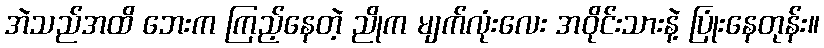
အဲသည်အထိ ဘေးက ကြည့်နေတဲ့ ညိုက မျက်လုံးလေး အဝိုင်းသားနဲ့ ပြုံးနေတုန်း။